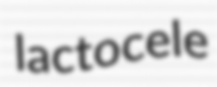
lactocele